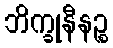
ဘိက္ခုနီနဉ္စ